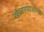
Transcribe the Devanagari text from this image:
खेळण्यातल्या